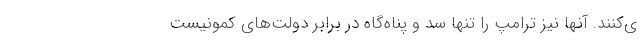
ی‌کنند. آنها نیز ترامپ را تنها سد و پناه‌گاه در برابر دولت‌های کمونیست